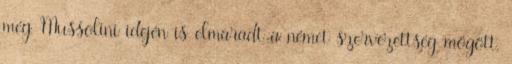
még Mussolini idején is elmaradt a német szervezettség mögött,